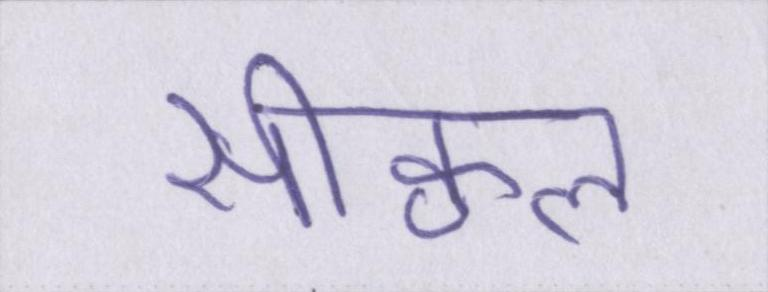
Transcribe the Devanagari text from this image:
सीक्वल